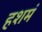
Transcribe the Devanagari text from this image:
हशमं